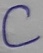
Text: C